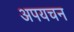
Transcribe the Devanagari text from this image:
अपयचन